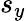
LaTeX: s_{y}